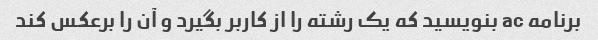
برنامه ac بنویسید که یک رشته را از کاربر بگیرد و آن را برعکس کند